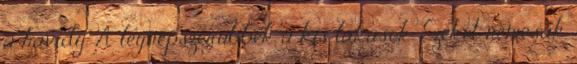
a havidíj. A legnépszerűbbek a kis lakások. Ezeket nemcsak